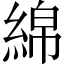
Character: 綿